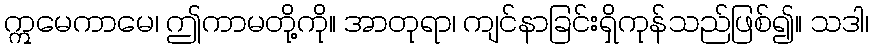
ဣမေကာမေ၊ ဤကာမတို့ကို။ အာတုရာ၊ ကျင်နာခြင်းရှိကုန်သည်ဖြစ်၍။ သဒါ၊